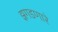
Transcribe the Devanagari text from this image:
झगडणारे